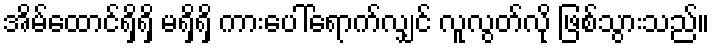
အိမ်ထောင်ရှိရှိ မရှိရှိ ကားပေါ်ရောက်လျှင် လူလွတ်လို ဖြစ်သွားသည်။